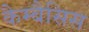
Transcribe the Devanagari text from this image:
कैम्बैसिस